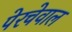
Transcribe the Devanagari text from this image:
पेरचेवाल